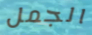
الجمل